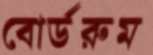
বোর্ডরুম